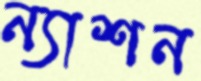
ন্যাশন